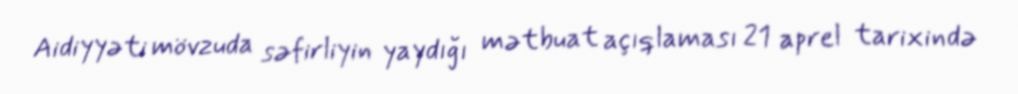
Aidiyyəti mövzuda səfirliyin yaydığı mətbuat açıqlaması 21 aprel tarixində